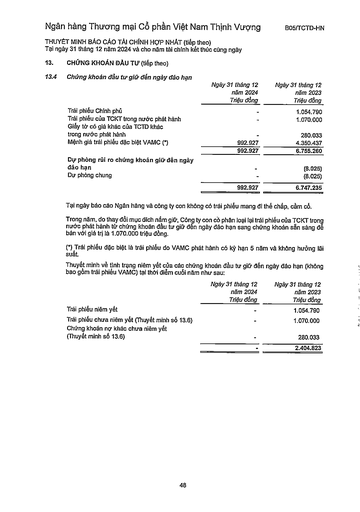
||Ngày 31 tháng 12 năm 2024 Triệu đồng|Ngày 31 tháng 12 năm 2023 Triệu đồng| |---|---|---| |Trái phiếu Chính phủ||1.054.790| |Trái phiếu của TCKT trong nước phát hành||1.070.000| |Giấy tờ có giá khác của TCTD khác trong nước phát hành|-|280.033| |Mệnh giá trái phiếu đặc biệt VAMC (*)|992.927|4.350.437| ||992.927|6.755.260| |Dự phòng rủi ro chứng khoán giữ đến ngày đáo hạn|-|(8.025)| |Dự phòng chung|-|(8.025)| ||992.927|6.747.235| ||Ngày 31 tháng 12 năm 2024 Triệu đồng|Ngày 31 tháng 12 năm 2023 Triệu đồng| |---|---|---| |Trái phiếu niêm yết|-|1.054.790| |Trái phiếu chưa niêm yết (Thuyết minh số 13.6)||1.070.000| |Chứng khoán nợ khác chưa niêm yết (Thuyết minh số 13.6)|-|280.033| ||-|2.404.823|